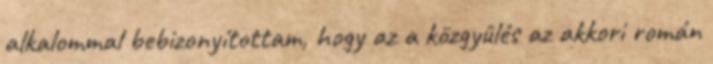
alkalommal bebizonyítottam, hogy az a közgyûlés az akkori román